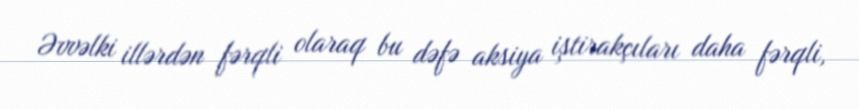
Əvvəlki illərdən fərqli olaraq bu dəfə aksiya iştirakçıları daha fərqli,